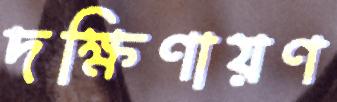
দক্ষিণায়ণ